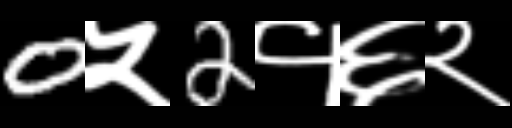
Text: 0५2१६२